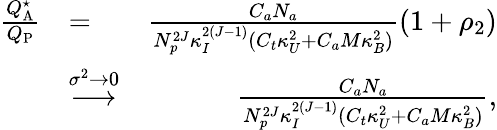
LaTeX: \begin{array}{rlr}{\frac{{Q}_{\mathrm{A}}^{\star}}{Q_{\mathrm{P}}}}&{=}&{\frac{C_{a}N_{a}}{N_{p}^{2J}\kappa_{I}^{2(J-1)}(C_{t}\kappa_{U}^{2}+C_{a}M\kappa_{B}^{2})}(1+\rho_{2})}\\ &{\overset{\sigma^{2}\rightarrow 0}{\longrightarrow}}&{\frac{C_{a}N_{a}}{N_{p}^{2J}\kappa_{I}^{2(J-1)}(C_{t}\kappa_{U}^{2}+C_{a}M\kappa_{B}^{2})},}\end{array}